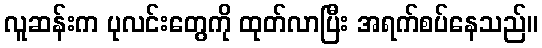
လူဆန်းက ပုလင်းတွေကို ထုတ်လာပြီး အရက်စပ်နေသည်။